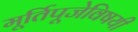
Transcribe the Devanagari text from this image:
मूर्तिपूजेविषयी